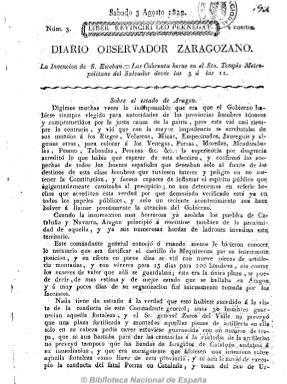
Título: Diario observador zaragozano
Colección: Periódicos anteriores a 1850
Ámbito geográfico: Zaragoza
Lugar de publicación: Zaragoza
Fechas: 03/08/1822-25/10/1822

El Diario observador de Zaragoza cambia a este título el uno de agosto de 1822, iniciando también la numeración, y sigue saliendo de la Imprenta de Andrés Sebastián. Igualmente, en números de cuatro páginas y foliación seguida y con la misma estructura formal y de contenidos que su predecesor.  Ahora en su cabecera se estampa el lema latino “Líber revinciri leo pernegat”.

Comienza, asimismo, con el santoral, para a continuación, a una columna, ofrecer noticias nacionales comentadas sobre los acontecimientos políticos y militares del Trienio, noticias del extranjero, algunas extractadas de otros periódicos, y las denominadas “particulares” (ventas, compras, nodrizas, sirvientes, pérdidas) y artículos de oficio (órdenes, bandos, decretos, etc.) y crónicas y artículos políticos.

A partir del número de 22 de octubre, el redactor del periódico será el propio Andrés Sebastián, ya que los que venían siendo sus editores cesan al no remitir más textos a la imprenta. Se exalta su carácter constitucionalista, liberal, antiservil y anticlerical, ante los acontecimientos políticos y militares que se suceden.

En la Biblioteca de los Capuchinos de Zaragoza existe una colección de este título que llega hasta el 31 de diciembre de 1822. Asimismo se conoce un suplemento del cinco de marzo de 1823, que recoge un artículo de oficio con el discurso de Fernando VII en la apertura de las Cortes.

La prensa aragonesa del Trienio Liberal ha sido estudiada por Pedro Alberto Blanco desde la Universidad de Zaragoza.